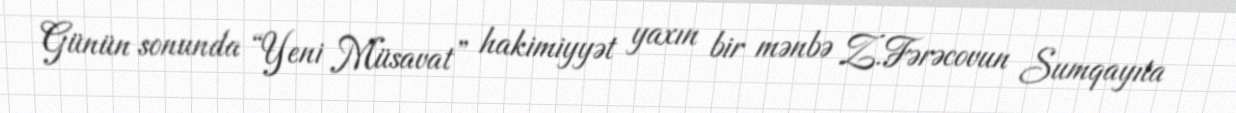
Günün sonunda “Yeni Müsavat” hakimiyyət yaxın bir mənbə Z.Fərəcovun Sumqayıta